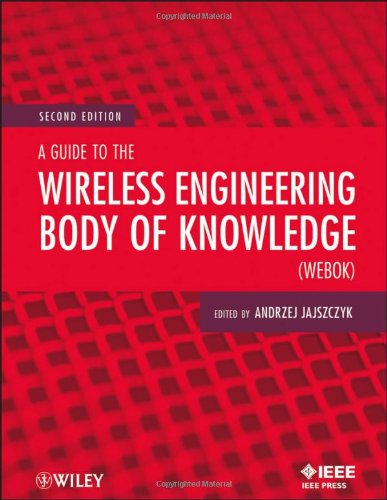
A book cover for A Guide to the Wireless Engineering Body of Knowledge (WEBOK); Crafts, Hobbies & Home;